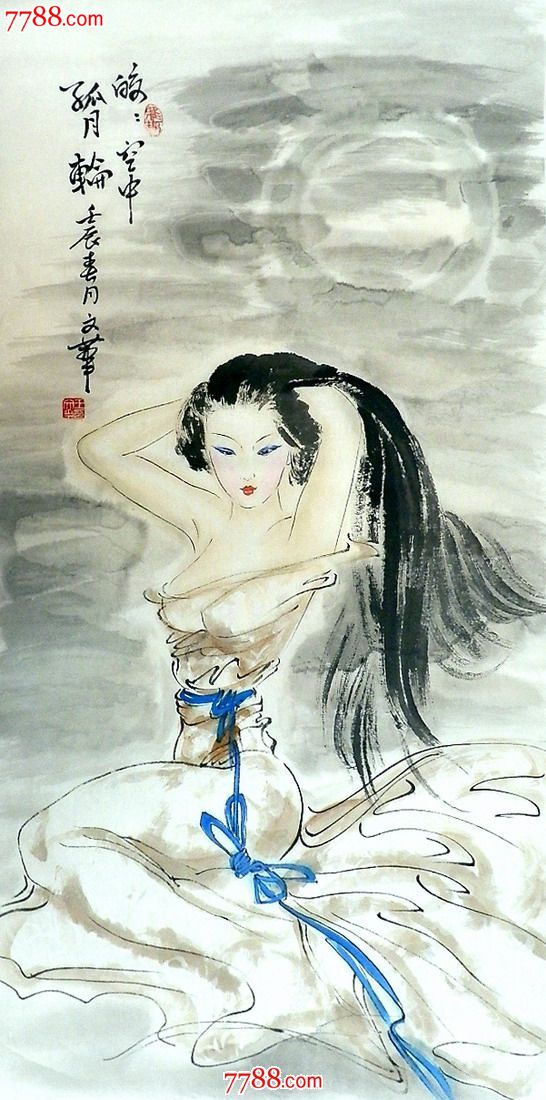
皎皎窗中月，照我室南端。